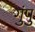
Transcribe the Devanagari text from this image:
गुंपु